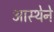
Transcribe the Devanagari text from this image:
आस्‍थेने